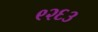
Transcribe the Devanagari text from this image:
९२६३